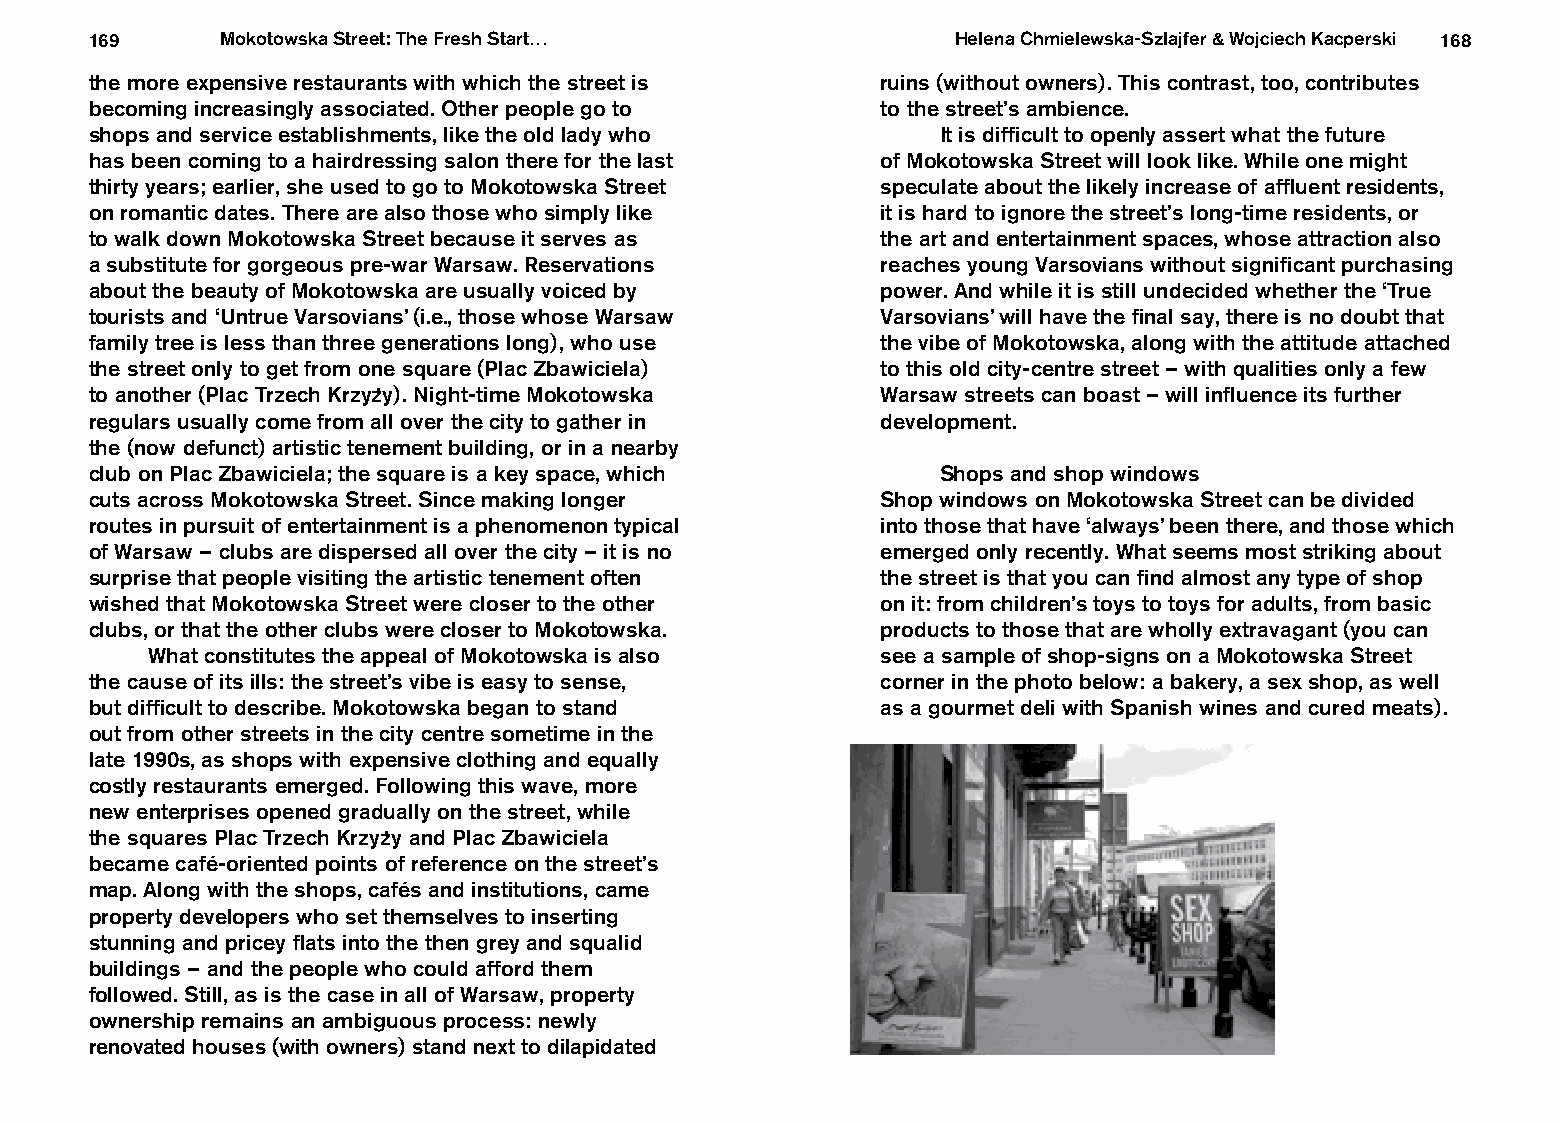
169      Mokotowska Street: The Fresh Start…             Helena Chmielewska-Szlajfer & Wojciech Kacperski 168
 the more expensive restaurants with which the street is ruins (without owners). This contrast, too, contributes
 becoming increasingly associated. Other people go to to the street’s ambience.
 shops and service establishments, like the old lady who It is difficult to openly assert what the future
 has been coming to a hairdressing salon there for the last of Mokotowska Street will look like. While one might
 thirty years; earlier, she used to go to Mokotowska Street speculate about the likely increase of affluent residents,
 on romantic dates. There are also those who simply like it is hard to ignore the street’s long-time residents, or
 to walk down Mokotowska Street because it serves as the art and entertainment spaces, whose attraction also
 a substitute for gorgeous pre-war Warsaw. Reservations reaches young Varsovians without significant purchasing
 about the beauty of Mokotowska are usually voiced by power. And while it is still undecided whether the ‘True
 tourists and ‘Untrue Varsovians’ (i.e., those whose Warsaw Varsovians’ will have the final say, there is no doubt that
 family tree is less than three generations long), who use the vibe of Mokotowska, along with the attitude attached
 the street only to get from one square (Plac Zbawiciela) to this old city-centre street – with qualities only a few
 to another (Plac Trzech Krzyzy). Night-time Mokotowska Warsaw streets can boast – will influence its further
 regulars usually come from all over the city to gather in development.
 the (now defunct) artistic tenement building, or in a nearby
 club on Plac Zbawiciela; the square is a key space, which Shops and shop windows
 cuts across Mokotowska Street. Since making longer  Shop windows on Mokotowska Street can be divided
 routes in pursuit of entertainment is a phenomenon typical into those that have ‘always’ been there, and those which
 of Warsaw – clubs are dispersed all over the city – it is no emerged only recently. What seems most striking about
 surprise that people visiting the artistic tenement often the street is that you can find almost any type of shop
 wished that Mokotowska Street were closer to the other on it: from children’s toys to toys for adults, from basic
 clubs, or that the other clubs were closer to Mokotowska. products to those that are wholly extravagant (you can
 What constitutes the appeal of Mokotowska is also see a sample of shop-signs on a Mokotowska Street
 the cause of its ills: the street’s vibe is easy to sense, corner in the photo below: a bakery, a sex shop, as well
 but difficult to describe. Mokotowska began to stand as a gourmet deli with Spanish wines and cured meats).
 out from other streets in the city centre sometime in the
 late 1990s, as shops with expensive clothing and equally
 costly restaurants emerged. Following this wave, more
 new enterprises opened gradually on the street, while
 the squares Plac Trzech Krzyzy and Plac Zbawiciela
 became café-oriented points of reference on the street’s
 map. Along with the shops, cafés and institutions, came
 property developers who set themselves to inserting
 stunning and pricey flats into the then grey and squalid
 buildings – and the people who could afford them
 followed. Still, as is the case in all of Warsaw, property
 ownership remains an ambiguous process: newly
 renovated houses (with owners) stand next to dilapidated